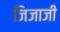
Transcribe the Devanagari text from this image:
जिजाजी